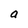
Character: a